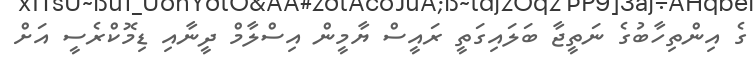
ގެ އިންތިހާބުގެ ނަތީޖާ ބަލައިގަތީ ރައީސް ޔާމީން އިސްލާމް ދީނާއި ޑިމޮކްރެސީ އަށް